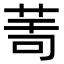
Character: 𦯗